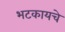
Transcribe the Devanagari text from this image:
भटकायचे